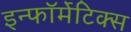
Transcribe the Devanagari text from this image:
इन्फॉर्मेटिक्स